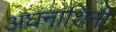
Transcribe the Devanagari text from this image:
अघंनाशिनी